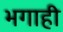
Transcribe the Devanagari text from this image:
भगाही